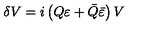
\delta V = i \left( Q \varepsilon + \bar { Q } \bar { \varepsilon } \right) V